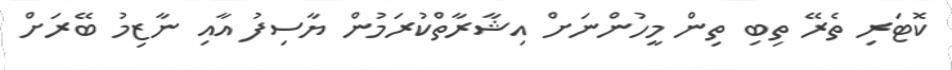
ކޮޓަރި ތެރޭ ތިބި ތިން މީހުންނަށް އިޝާރާތްކުރަމުން ޔާސިފު އާއި ނާޒިމު ބޭރަށް